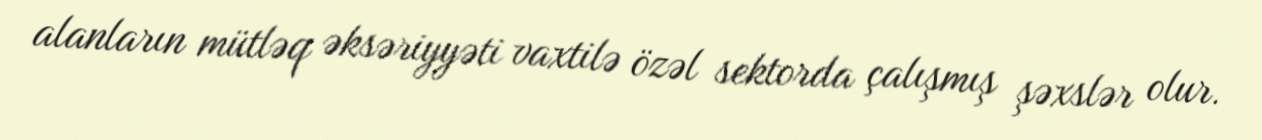
alanların mütləq əksəriyyəti vaxtilə özəl sektorda çalışmış şəxslər olur.